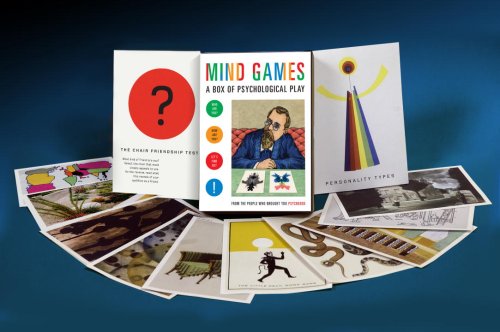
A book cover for Mind Games: A Box of Psychological Play (Redstone); Humor & Entertainment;